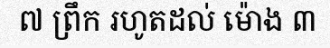
៧ ព្រឹក រហូតដល់ ម៉ោង ៣